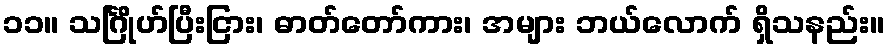
၁၁။ သင်္ဂြိုဟ်ပြီးငြား၊ ဓာတ်တော်ကား၊ အများ ဘယ်လောက် ရှိသနည်း။